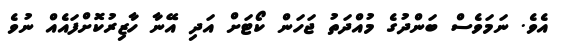
އެވެ. ނަމަވެސް ބަންދުގެ މުއްދަތު ޖަހަން ކޯޓަށް އަދި އޭނާ ހާޒިރުކޮށްފައެއް ނުވެ